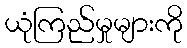
ယုံကြည်မှုများကို